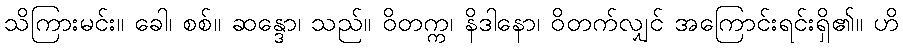
သိကြားမင်း။ ခေါ၊ စစ်။ ဆန္ဒော၊ သည်။ ဝိတက္က၊ နိဒါနော၊ ဝိတက်လျှင် အကြောင်းရင်းရှိ၏။ ဟိ